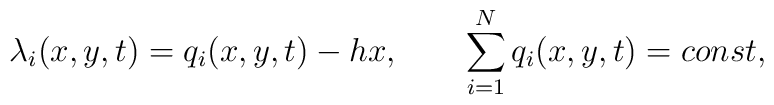
\lambda_i(x,y,t)=q_i(x,y,t)-h x,\qquad\sum_{i=1}^N q_i(x,y,t)=const ,